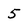
Character: 5